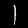
Digit: 1